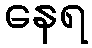
နေရ